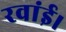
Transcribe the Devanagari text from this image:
रवांई।